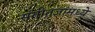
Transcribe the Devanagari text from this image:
संगीतज्ञांमध्ये